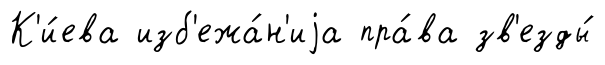
К'и́ева изб'ежа́н'иjа пра́ва зв'езды́